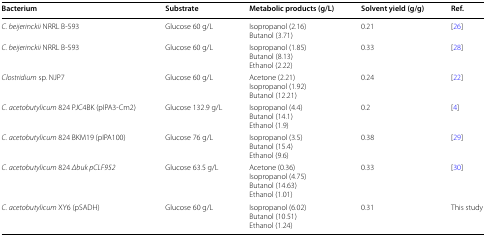
<table><thead><tr><td><b>Bacterium</b></td><td><b>Substrate</b></td><td><b>Metabolic products (g/L)</b></td><td><b>Solvent yield (g/g)</b></td><td><b>Ref.</b></td></tr></thead><tbody><tr><td><i>C. beijerinckii</i> NRRL B-593</td><td>Glucose 60 g/L</td><td>Isopropanol (2.16)Butanol (3.71)</td><td>0.21</td><td>[26]</td></tr><tr><td><i>C. beijerinckii</i> NRRL B-593</td><td>Glucose 60 g/L</td><td>Isopropanol (1.85)Butanol (8.13)Ethanol (2.22)</td><td>0.33</td><td>[28]</td></tr><tr><td><i>Clostridium</i> sp. NJP7</td><td>Glucose 60 g/L</td><td>Acetone (2.21)Isopropanol (1.92)Butanol (12.21)</td><td>0.24</td><td>[22]</td></tr><tr><td><i>C. acetobutylicum</i> 824 PJC4BK (pIPA3-Cm2)</td><td>Glucose 132.9 g/L</td><td>Isopropanol (4.4)Butanol (14.1)Ethanol (1.9)</td><td>0.2</td><td>[4]</td></tr><tr><td><i>C. acetobutylicum</i> 824 BKM19 (pIPA100)</td><td>Glucose 76 g/L</td><td>Isopropanol (3.5)Butanol (15.4)Ethanol (9.6)</td><td>0.38</td><td>[29]</td></tr><tr><td><i>C. acetobutylicum</i> 824 <i>Δbuk pCLF952</i></td><td>Glucose 63.5 g/L</td><td>Acetone (0.36)Isopropanol (4.75)Butanol (14.63)Ethanol (1.01)</td><td>0.33</td><td>[30]</td></tr><tr><td><i>C. acetobutylicum</i> XY6 (pSADH)</td><td>Glucose 60 g/L</td><td>Isopropanol (6.02)Butanol (10.51)Ethanol (1.24)</td><td>0.31</td><td>This study</td></tr></tbody></table>